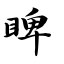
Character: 睥